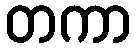
တကာ